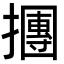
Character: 㩛